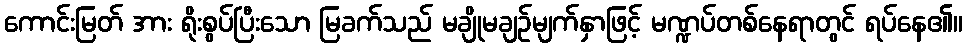
ကောင်းမြတ် အား ရိုးစွပ်ပြီးသော မြခက်သည် မချိုမချဉ်မျက်နှာဖြင့် မဏ္ဍပ်တစ်နေရာတွင် ရပ်နေ၏။